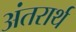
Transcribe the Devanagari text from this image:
अंतरार्थ